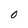
Character: O